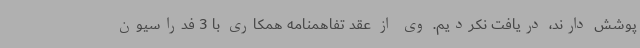
پوشش دارند، دریافت نکردیم. وی از عقد تفاهمنامه همکاری با 3 فدراسیون